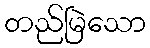
တည်မြဲသော